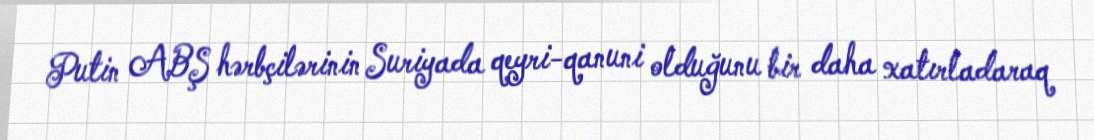
Putin ABŞ hərbçilərinin Suriyada qeyri-qanuni olduğunu bir daha xatırladaraq